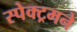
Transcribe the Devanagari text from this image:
स्पेक्ट्रमने